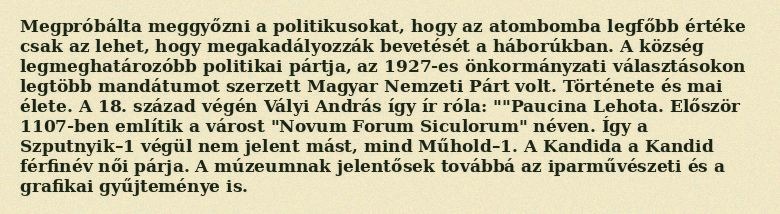
Megpróbálta meggyőzni a politikusokat, hogy az atombomba legfőbb értéke csak az lehet, hogy megakadályozzák bevetését a háborúkban. A község legmeghatározóbb politikai pártja, az 1927-es önkormányzati választásokon legtöbb mandátumot szerzett Magyar Nemzeti Párt volt. Története és mai élete. A 18. század végén Vályi András így ír róla: ""Paucina Lehota. Először 1107-ben említik a várost "Novum Forum Siculorum" néven. Így a Szputnyik–1 végül nem jelent mást, mind Műhold–1. A Kandida a Kandid férfinév női párja. A múzeumnak jelentősek továbbá az iparművészeti és a grafikai gyűjteménye is.